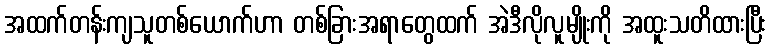
အထက်တန်းကျသူတစ်ယောက်ဟာ တစ်ခြားအရာတွေထက် အဲဒီလိုလူမျိုးကို အထူးသတိထားပြီး